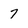
Character: 7